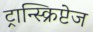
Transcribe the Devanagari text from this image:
ट्रान्स्क्रिप्टेज